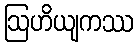
ဩဟိယျကဿ